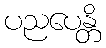
ပညပေန္တိ